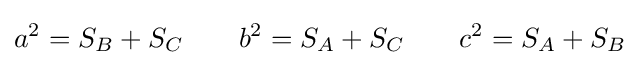
a^{2}=S_{B}+S_{C}\quad \quad b^{2}=S_{A}+S_{C}\quad \quad c^{2}=S_{A}+S_{B}